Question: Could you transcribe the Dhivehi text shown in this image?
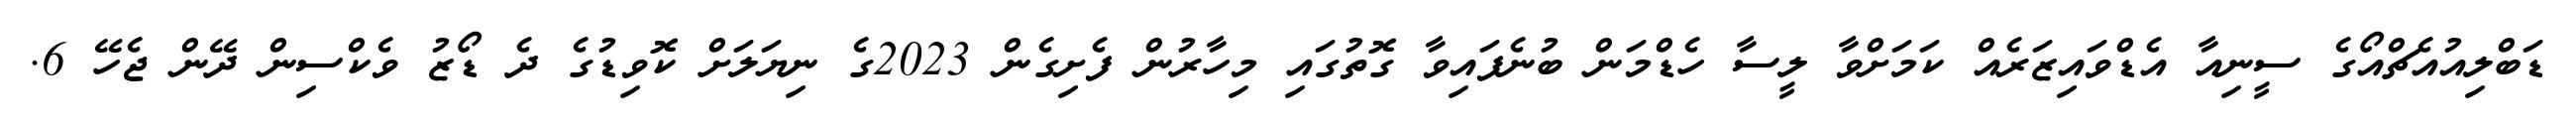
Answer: ޑަބްލިއުއެޗްއޯގެ ސީނިއާ އެޑްވައިޒަރެއް ކަމަށްވާ ލީސާ ހެޑްމަން ބުނެފައިވާ ގޮތުގައި މިހާރުން ފެށިގެން 2023ގެ ނިޔަލަށް ކޮވިޑުގެ ދެ ޑޯޒު ވެކްސިން ދޭން ޖެހޭ 6.